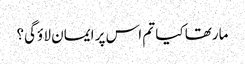
مارتھا کیا تم اس پر ایمان لا ؤگی؟